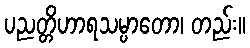
ပညတ္တိဟာရသမ္ပာတော၊ တည်း။